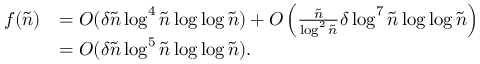
\begin{array} { r l } { f ( \tilde { n } ) } & { = O ( \delta \tilde { n } \log ^ { 4 } \tilde { n } \log \log \tilde { n } ) + O \left( \frac { \tilde { n } } { \log ^ { 2 } \tilde { n } } \delta \log ^ { 7 } \tilde { n } \log \log \tilde { n } \right) } \\ & { = O ( \delta \tilde { n } \log ^ { 5 } \tilde { n } \log \log \tilde { n } ) . } \end{array}